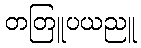
တတြူပယညူ